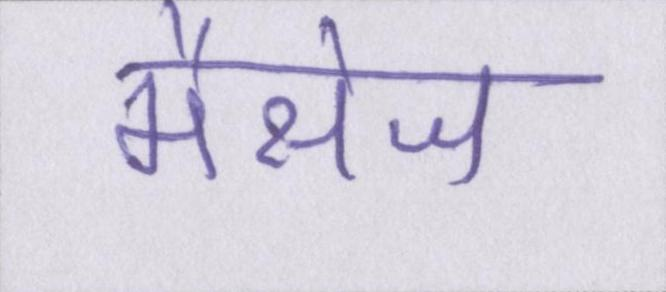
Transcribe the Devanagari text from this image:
मैसेज